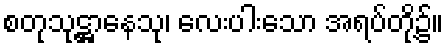
စတုသုဋ္ဌာနေသု၊ လေးပါးသော အရပ်တို့၌။